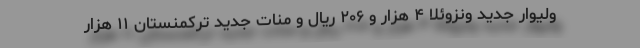
ولیوار جدید ونزوئلا ۴ هزار و ۲۰۶ ریال و منات جدید ترکمنستان ۱۱ هزار